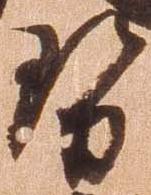
勢